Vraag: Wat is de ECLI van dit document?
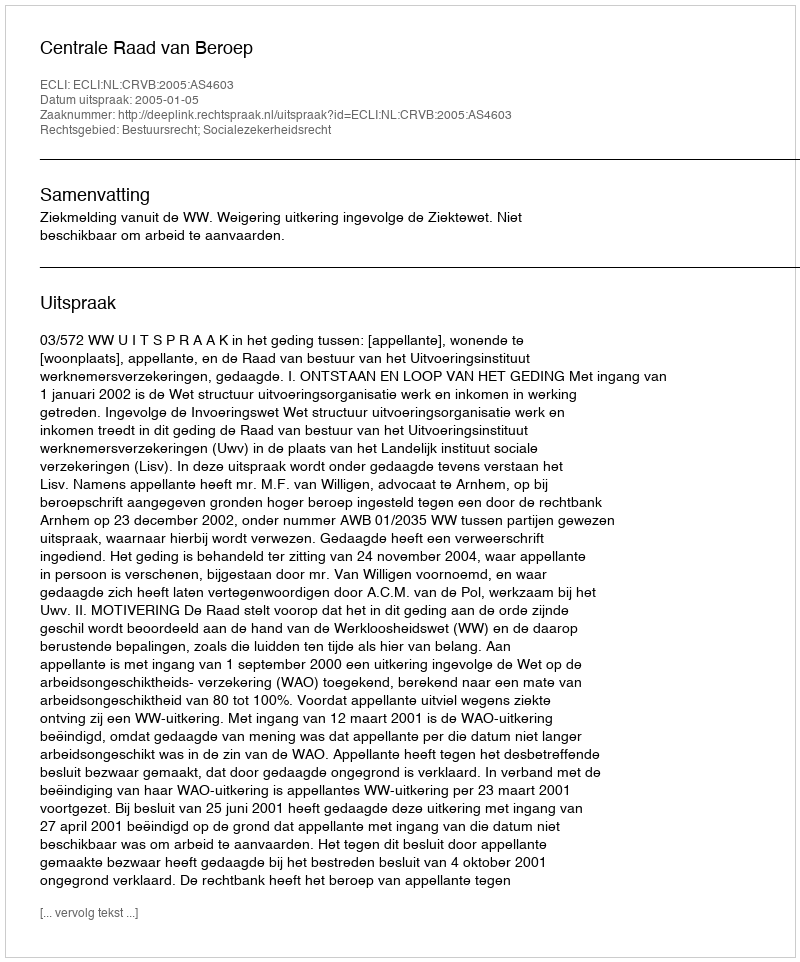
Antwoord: ECLI:NL:CRVB:2005:AS4603